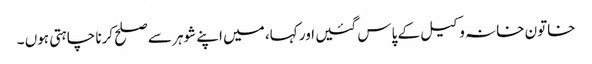
خاتون خانہ وکیل کے پاس گئیں اور کہا، میں اپنے شوہر سے صلح کرنا چاہتی ہوں ۔